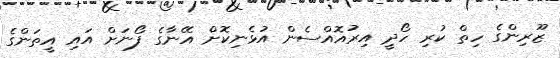
ޒޫރިންގެ ހިތް ކުރި ހޯދީ އިރުއޮއްސެން އުޅެނިކޮށް އޭނާގެ ފޯނަށް އައި އީތަންގެ